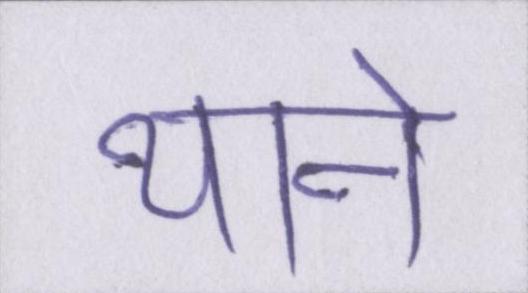
थाने